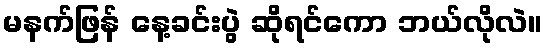
မနက်ဖြန် နေ့ခင်းပွဲ ဆိုရင်ကော ဘယ်လိုလဲ။